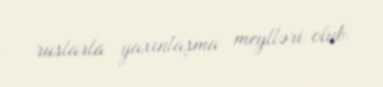
ruslarla yaxınlaşma meylləri olub.